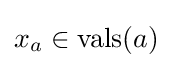
x_{a}\in \mathrm {vals} (a)